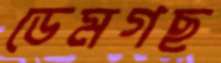
ডেমগছ